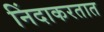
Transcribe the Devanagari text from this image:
निंदाकरतात